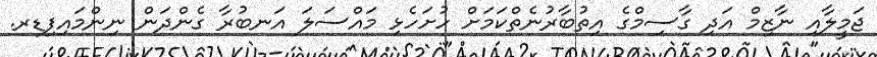
ޖަމީލާއި ނާޒިމް އަދި ގާސިމްގެ އިތުބާރުނެތްކަމަށް ހުށަހެޅި މައްސަލަ އަނބުރާ ގެންދަން ނިންމައިފިޑރ.